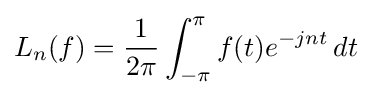
L_{n}(f)={\frac {1}{2\pi }}\int _{-\pi }^{\pi }f(t)e^{-jnt}\,dt